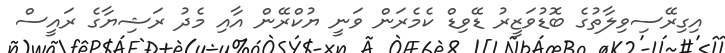
އިގިރޭސިވިލާތުގެ ބޮޑުވަޒީރު ޑޭވިޑް ކެމެރަން ވަނީ ޔުކްރޭން އާއި މެދު ރަޝިޔާގެ ރައީސް